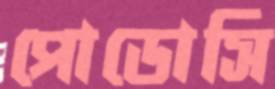
পোডোসি